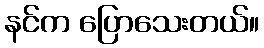
နင်က ပြောသေးတယ်။